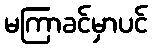
မကြာခင်မှာပင်